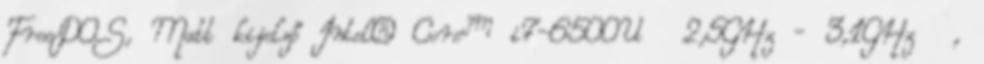
FreeDOS, Matt kijelző Intel® Core™ i7-6500U 2,5GHz - 3,1GHz ,